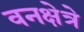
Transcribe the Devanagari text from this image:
वनक्षेत्रे